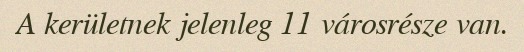
A kerületnek jelenleg 11 városrésze van.